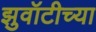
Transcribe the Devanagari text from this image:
झुवॉटीच्या